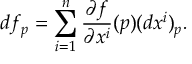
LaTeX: d f _ { p } = \sum _ { i = 1 } ^ { n } { \frac { \partial f } { \partial x ^ { i } } } ( p ) ( d x ^ { i } ) _ { p } .